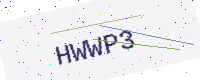
Text: HWWP3